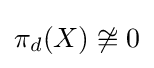
\pi _{d}(X)\not \cong 0